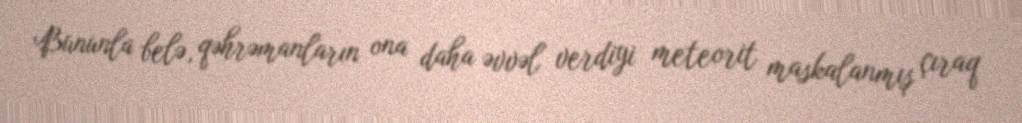
Bununla belə, qəhrəmanların ona daha əvvəl verdiyi meteorit maskalanmış çıraq